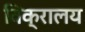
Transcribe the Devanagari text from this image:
विक्रालय